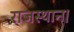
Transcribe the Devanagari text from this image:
राजस्थान।